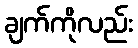
ချက်ကိုလည်း